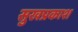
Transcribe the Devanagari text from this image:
सुखप्रकाश